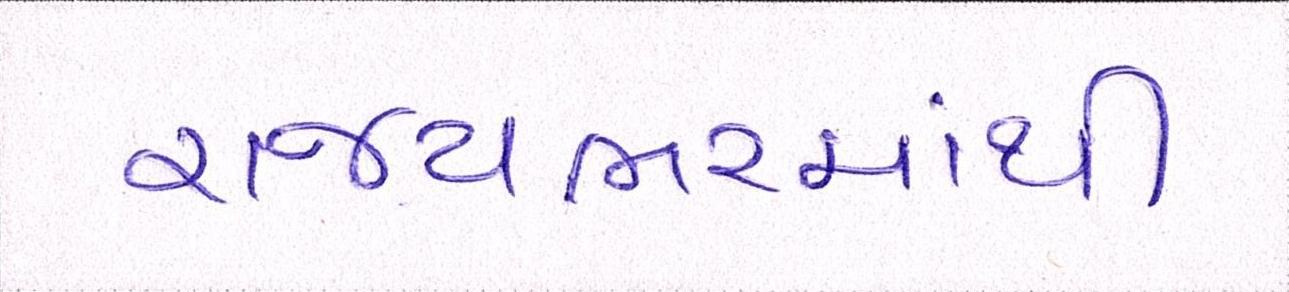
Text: રાજયભરમાંથી